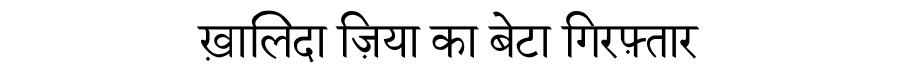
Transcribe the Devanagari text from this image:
ख़ालिदा ज़िया का बेटा गिरफ़्तार